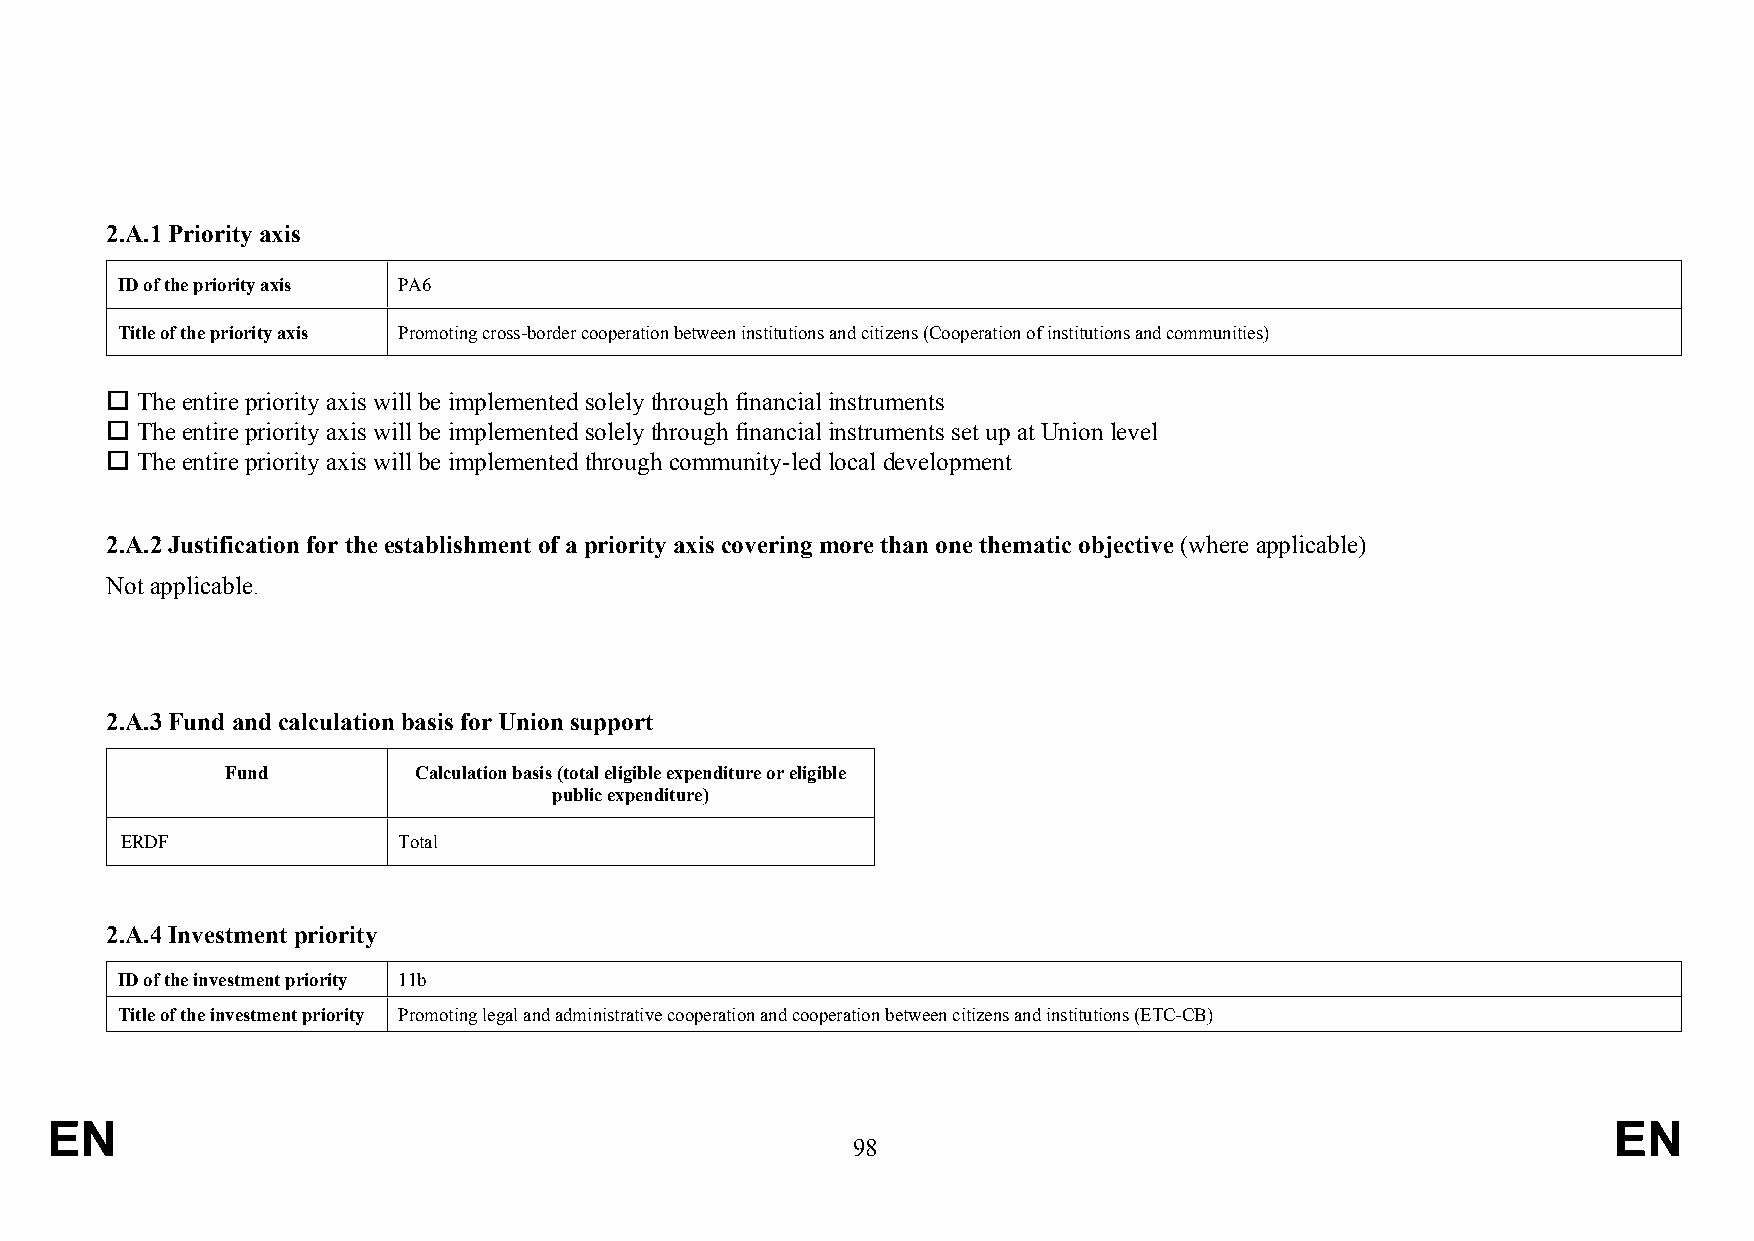
.
 2.A.1 Priority axis
 ID of the priority axis PA6
 Title of the priority axis Promoting cross-border cooperation between institutions and citizens (Cooperation of institutions and communities)
  The entire priority axis will be implemented solely through financial instruments
  The entire priority axis will be implemented solely through financial instruments set up at Union level
  The entire priority axis will be implemented through community-led local development
 2.A.2 Justification for the establishment of a priority axis covering more than one thematic objective (where applicable)
 Not applicable.
 2.A.3 Fund and calculation basis for Union support
 Fund        Calculation basis (total eligible expenditure or eligible
 public expenditure)
 ERDF              Total
 2.A.4 Investment priority
 ID of the investment priority 11b
 Title of the investment priority Promoting legal and administrative cooperation and cooperation between citizens and institutions (ETC-CB)
 EN                                                                                                      EN
 98